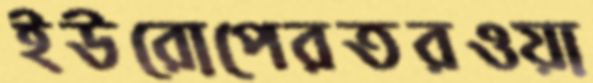
ইউরোপেরতরওয়া